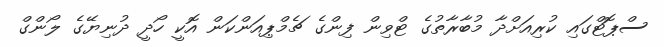
ސްޕޮޓްގައި ކުރިއަށްދާ މުބާރާތުގެ ޓްވިން ފިންގެ ޗެމްޕިއަންކަން އޮކީ ހޯދީ ދުނިޔޭގެ ލޯންގް